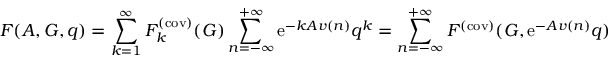
F ( { \cal A } , G , q ) = \sum _ { k = 1 } ^ { \infty } F _ { k } ^ { ( \mathrm { c o v ) } } ( G ) \sum _ { n = - \infty } ^ { + \infty } \mathrm { e } ^ { - k { \cal A } v ( n ) } q ^ { k } = \sum _ { n = - \infty } ^ { + \infty } F ^ { ( \mathrm { c o v ) } } ( G , \mathrm { e } ^ { - { \cal A } v ( n ) } q )